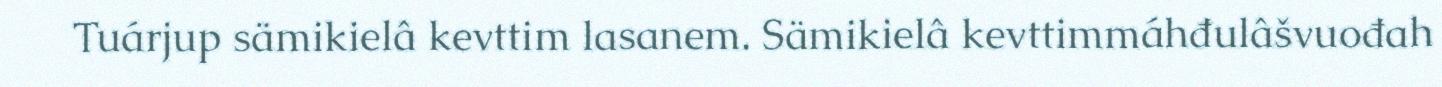
Tuárjup sämikielâ kevttim lasanem. Sämikielâ kevttimmáhđulâšvuođah